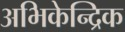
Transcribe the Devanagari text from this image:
अभिकेन्द्रिक